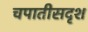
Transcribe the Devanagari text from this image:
चपातीसदृश